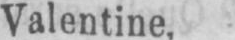
Valentine.